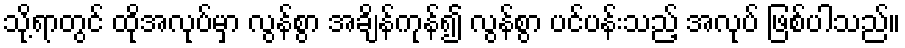
သို့ရာတွင် ထိုအလုပ်မှာ လွန်စွာ အချိန်ကုန်၍ လွန်စွာ ပင်ပန်းသည့် အလုပ် ဖြစ်ပါသည်။